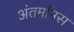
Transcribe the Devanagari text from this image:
अंतर्मानस